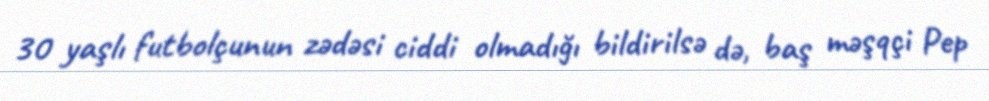
30 yaşlı futbolçunun zədəsi ciddi olmadığı bildirilsə də, baş məşqçi Pep